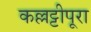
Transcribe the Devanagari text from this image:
कल्लट्टीपूरा